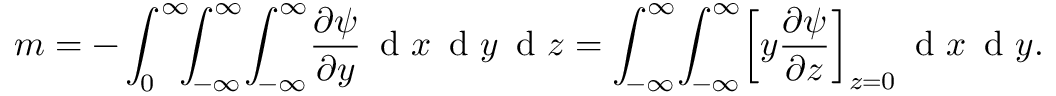
m = - \int _ { 0 } ^ { \infty } \! \! \! \int _ { - \infty } ^ { \infty } \! \int _ { - \infty } ^ { \infty } \! \frac { \partial \psi } { \partial y } \, \textrm { d } x \, \textrm { d } y \, \textrm { d } z = \int _ { - \infty } ^ { \infty } \! \int _ { - \infty } ^ { \infty } \! \left[ y \frac { \partial \psi } { \partial z } \right] _ { z = 0 } \! \, \textrm { d } x \, \textrm { d } y .